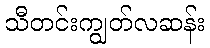
သီတင်းကျွတ်လဆန်း